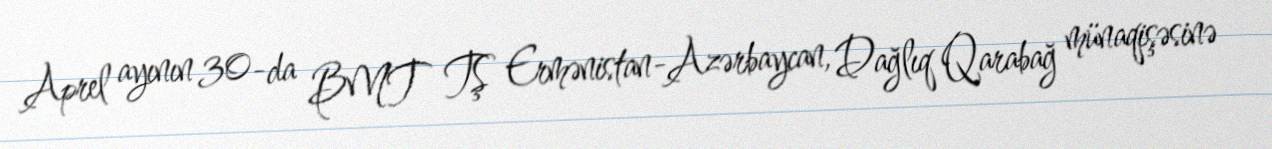
Aprel ayının 30-da BMT TŞ Ermənistan-Azərbaycan, Dağlıq Qarabağ münaqişəsinə